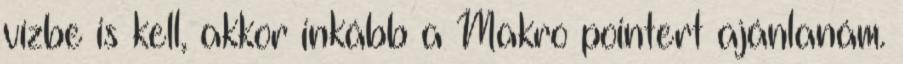
vízbe is kell, akkor inkább a Makro pointert ajánlanám.